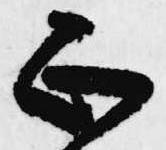
正